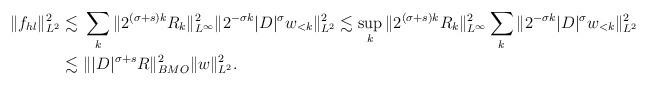
LaTeX: \begin{align*}\| f_{hl}\|_{L^2}^2 \lesssim & \ \sum_k \| 2^{(\sigma+s) k} R_k \|_{L^\infty}^2\| 2^{-\sigma k} |D|^\sigma w_{<k}\|_{L^2}^2\lesssim \sup_k \| 2^{(\sigma+s) k} R_k \|_{L^\infty}^2\sum_k \| 2^{-\sigma k} |D|^\sigma w_{<k}\|_{L^2}^2\\ \lesssim & \ \Vert |D|^{\sigma+s} R\Vert_{BMO}^2 \Vert w\Vert_{L^2}^2.\end{align*}